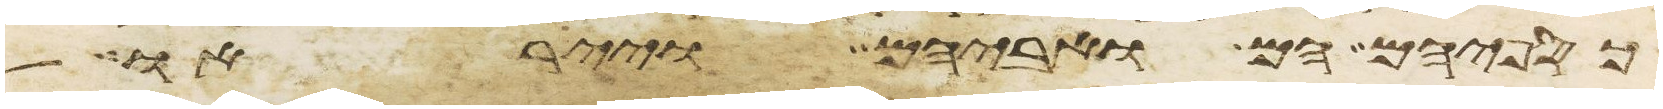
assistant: כספיהם הם ואביהם וייראו